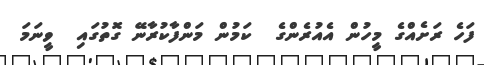
ފަހެ ރަށެއްގެ މީހުން އެއުރެންގެ  ކަމުން މަންފާކުރާނޭ ގޮތުގައި  ވީނަމަ